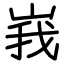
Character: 峩